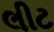
લીટ